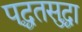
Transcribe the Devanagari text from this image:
पद्धतसुद्धा